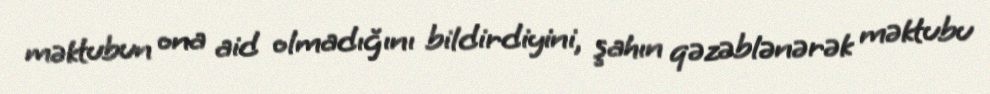
məktubun ona aid olmadığını bildirdiyini, şahın qəzəblənərək məktubu